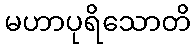
မဟာပုရိသောတိ